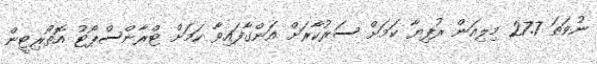
ނުވަތަ 27.7 މިލިއަން ރުފިޔާ ކަމަށް ސަރުކާރަށް އަންގާފައިވާ ކަމަށް ޓްރާންސްޕޯޓު އޮތޯރިޓީން